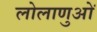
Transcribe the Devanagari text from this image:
लोलाणुओं